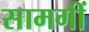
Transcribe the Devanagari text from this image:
सामगीं